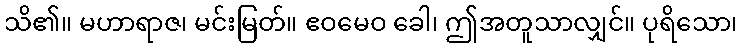
သိ၏။ မဟာရာဇ၊ မင်းမြတ်။ ဧဝမေဝ ခေါ၊ ဤအတူသာလျှင်။ ပုရိသော၊